Code of medical and sanitary regulations for the guidance of medical officers serving in the Madras Presidency - Volume II
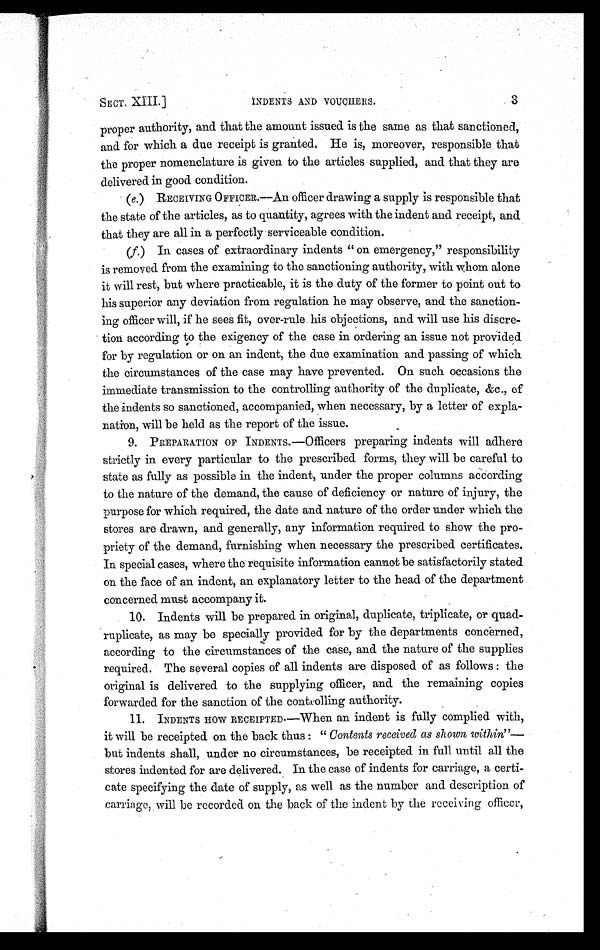
SECT. XIII.]
INDENTS AND VOUCHERS.
3
proper authority, and that the amount issued is the same as that sanctioned,
and for which a due receipt is granted, He is, moreover, responsible that
the proper nomenclature is given to the articles supplied, and that they are
delivered in good condition.
(e.) RECEIVING OFFICER.—An officer drawing a supply is responsible that
the state of the articles, as to quantity, agrees with the indent and receipt, and
that they are all in a perfectly serviceable condition.
(f.) In cases of extraordinary indents " on emergency," responsibility
is removed from the examining to the sanctioning authority, with whom alone
it will rest, but where practicable, it is the duty of the former to point out to
his superior any deviation from regulation he may observe, and the sanction-
ing officer will, if he sees fit, over-rule his objections, and will use his discre-
tion according to the exigency of the case in ordering an issue not provided
for by regulation or on an indent, the due examination and passing of which
the circumstances of the case may have prevented. On such occasions the
immediate transmission to the controlling authority of the duplicate, &c., of
the indents so sanctioned, accompanied, when necessary, by a letter of expla-
nation, will be held as the report of the issue.
9. PREPARATION OF INDENTS.—Officers preparing indents will adhere
strictly in every particular to the prescribed forms, they will be careful to
state as fully as possible in the indent, under the proper columns according
to the nature of the demand, the cause of deficiency or nature of injury, the
purpose for which required, the date and nature of the order under which the
stores are drawn, and generally, any information required to show the pro-
priety of the demand, furnishing when necessary the prescribed certificates.
In special cases, where the requisite information cannot be satisfactorily stated
on the face of an indent, an explanatory letter to the head of the department
concerned must accompany it.
10. Indents will be prepared in original, duplicate, triplicate, or quad-
ruplicate, as may be specially provided for by the departments concerned,
according to the circumstances of the case, and the nature of the supplies
required. The several copies of all indents are disposed of as follows : the
original is delivered to the supplying officer, and the remaining copies
forwarded for the sanction of the controlling authority.
11. INDENTS HOW RECEIPTED.—When an indent is fully complied with,
it will be receipted on the back thus : " Contents received as shown within "—
but indents shall, under no circumstances, be receipted in full until all the
stores indented for are delivered. In the case of indents for carriage, a certi-
cate specifying the date of supply, as well as the number and description of
carriage, will be recorded on the back of the indent by the receiving officer,